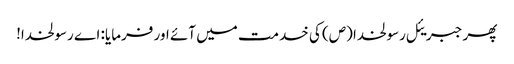
پھر جبریئل رسولخدا (ص) کی خدمت میں آئے اور فرمایا: اے رسولخدا!